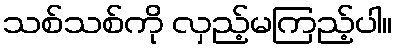
သစ်သစ်ကို လှည့်မကြည့်ပါ။